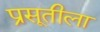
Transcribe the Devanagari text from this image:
प्रसूतीला